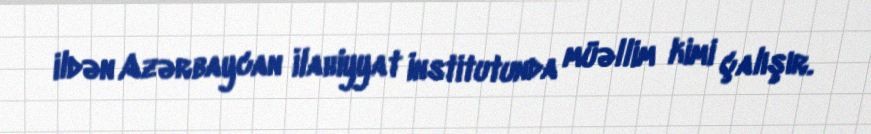
ildən Azərbaycan İlahiyyat İnstitutunda müəllim kimi çalışır.